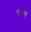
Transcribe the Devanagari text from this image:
एंवम